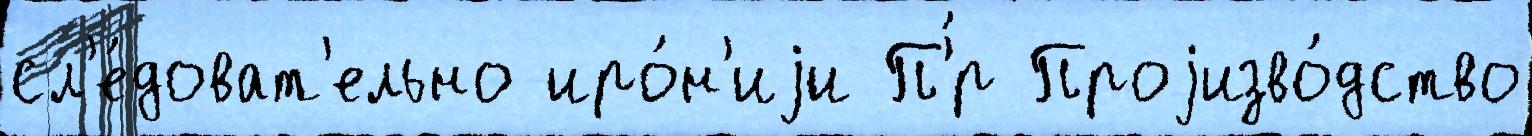
сл'е́доват'ельно иро́н'иjи П'́р Проjизво́дство